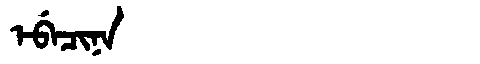
Manchu: ᡝᠪᡝᠴᡳᠨᠠ
Romanization: EBECINA